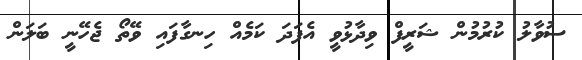
ސުވާލު ކުރުމުން ޝަރީފް ވިދާޅުވީ އެފަދަ ކަމެއް ހިނގާފައި ވޭތޯ ޖެހޭނީ ބަލަން